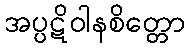
အပ္ပဋိဝါနစိတ္တော